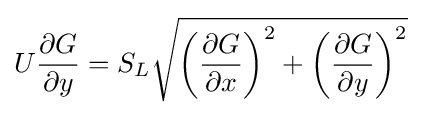
U{\frac {\partial G}{\partial y}}=S_{L}{\sqrt {\left({\frac {\partial G}{\partial x}}\right)^{2}+\left({\frac {\partial G}{\partial y}}\right)^{2}}}